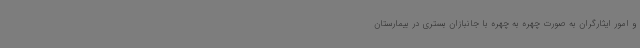
و امور ایثارگران به صورت چهره به چهره با جانبازان بستری در بیمارستان